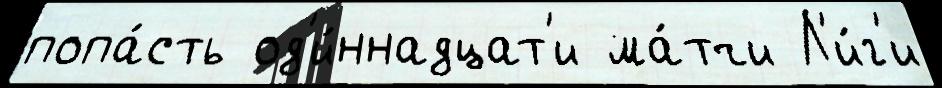
попа́сть од'и́ннадцат'и ма́тчи Л'и́г'и